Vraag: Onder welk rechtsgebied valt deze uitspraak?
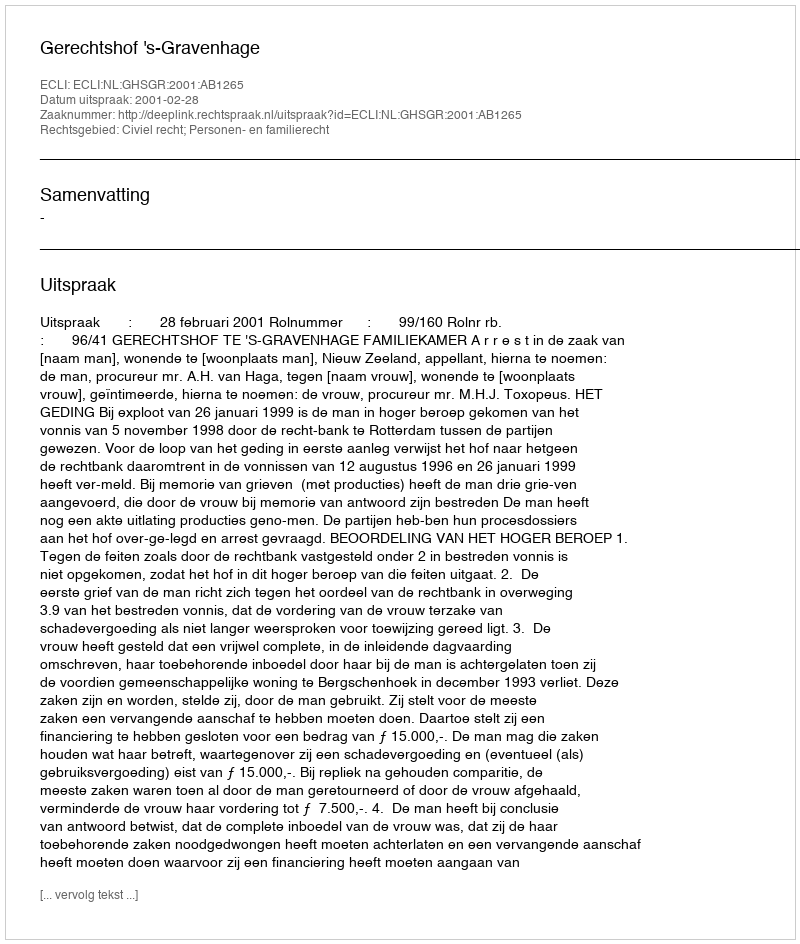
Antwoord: Civiel recht; Personen- en familierecht